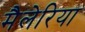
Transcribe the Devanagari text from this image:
मैलेरिया